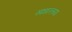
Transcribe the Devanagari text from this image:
साधारतया